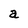
Character: a